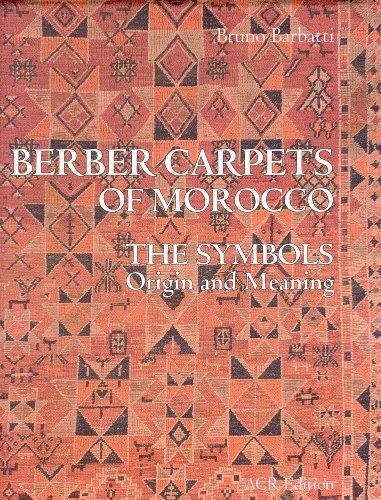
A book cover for Berber Carpets of Morocco: The Symbols Origin and Meaning; Bruno Barbatti; Crafts, Hobbies & Home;